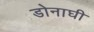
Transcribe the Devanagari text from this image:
डोनाघी